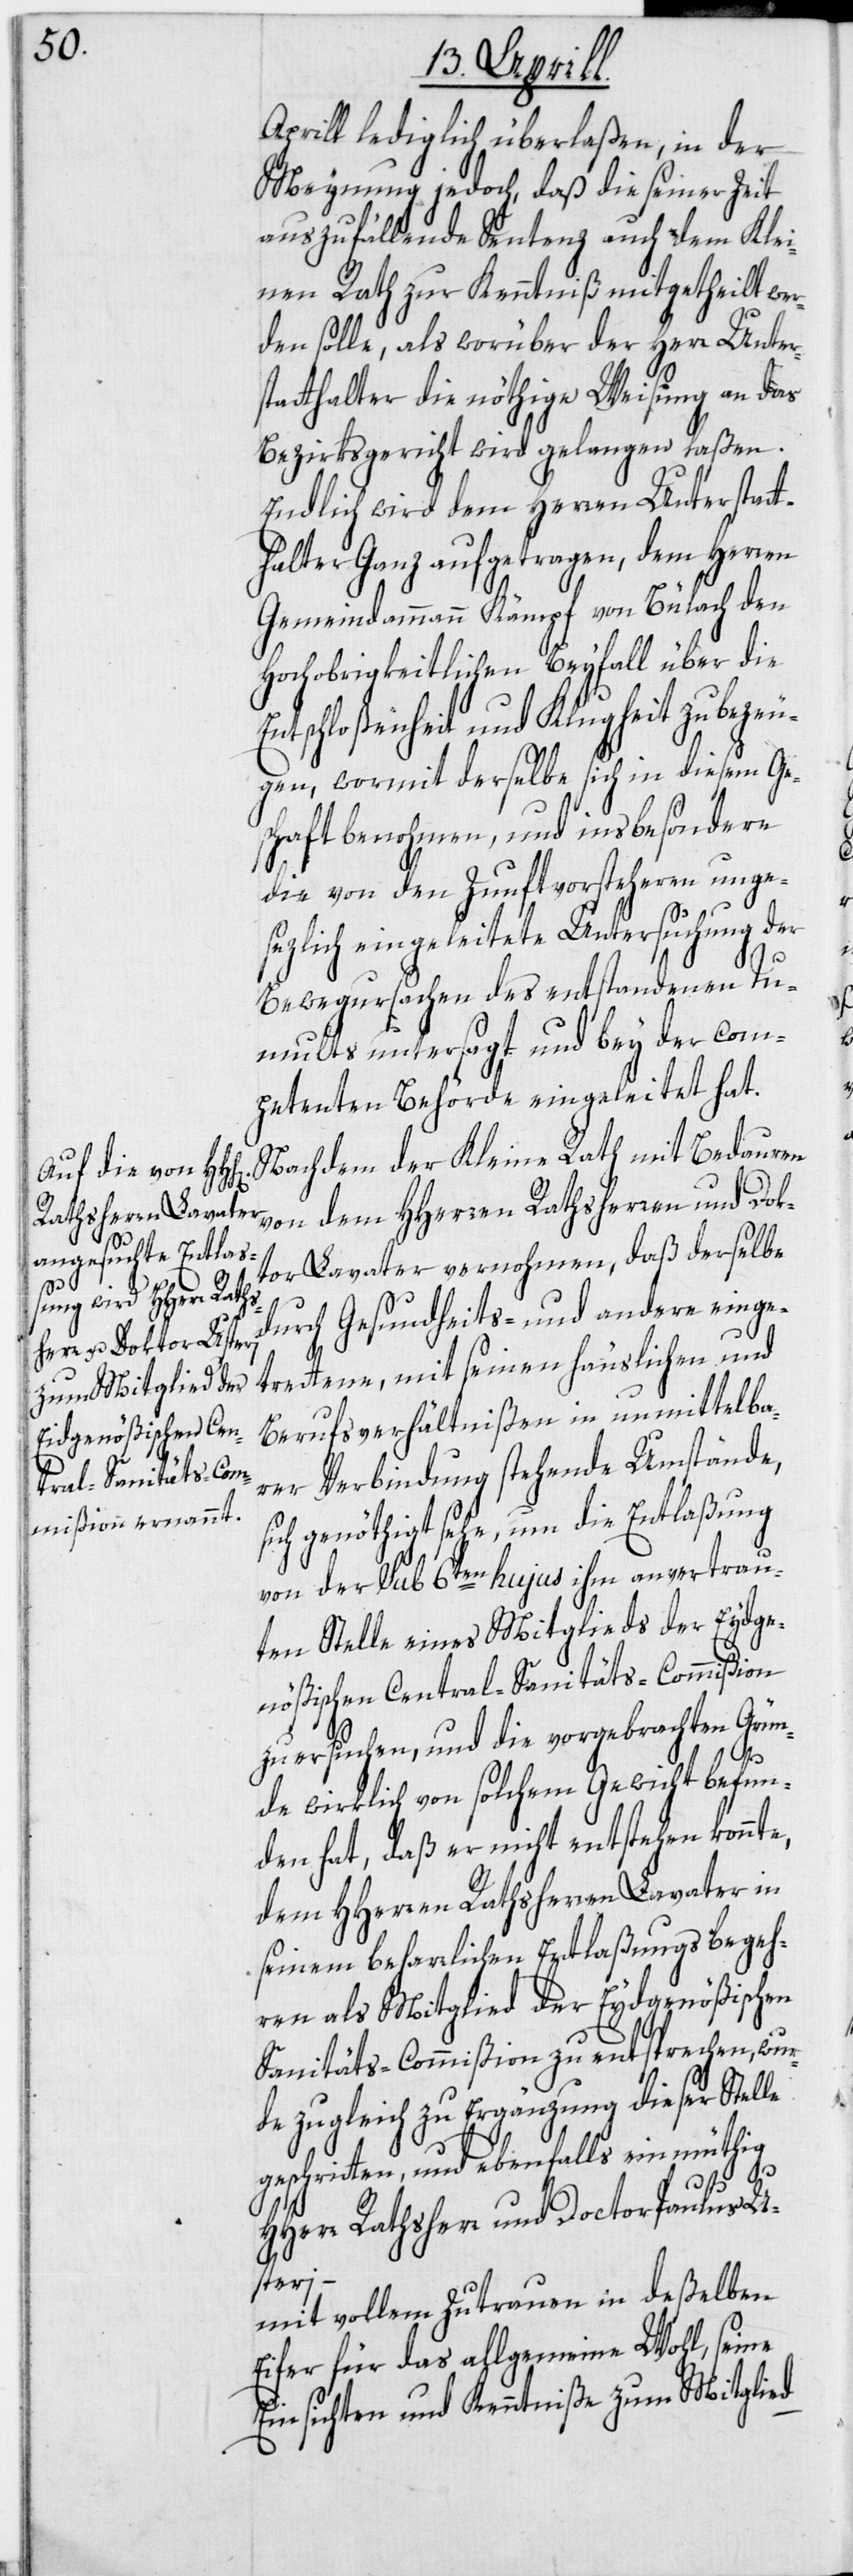
Aprill lediglich überlaßen, in der
Meynung jedoch, daß die seiner Zeit
auszufällende Sentenz auch dem Klei¬
nen Rath zur Kenntniß mitgetheilt wer¬
den solle, als worüber der Herr Unter¬
statthalter die nöthige Weisung an das
Bezirksgericht wird gelangen laßen.
Endlich wird dem Herren Unterstatt¬
halter Ganz aufgetragen, dem Herren
Gemeindammann Kämpf von Bülach den
Hochobrigkeitlichen Beyfall über die
Entschloßenheit und Klugheit zu bezeu¬
gen, wormit derselbe sich in diesem Ge¬
c!] benohmen, und insbesondere
die von den Zunftvorsteheren unge¬
sezlich eingeleitete Untersuchung der
Bewegursachen des entstandenen Tu¬
mults untersagt und bey der com¬
petenten Behörde eingeleitet hat.
Nachdem der Kleine Rath mit Bedauren
von dem HHerren Rathsherren und Dok¬
tor Lavater vernohmen, daß derselbe
durch Gesundheits- und andere einge¬
trettene, mit seinen häuslichen und
Berufsverhältnißen in unmittelba¬
rer Verbindung stehende Umstände,
sich genöthigt sehe, um die Entlaßung
von der sub 6ten hujus ihm anvertrau¬
ten Stelle eines Mitglieds der Eydge¬
nößischen Central-Sanitäts-Commißion
zu ersuchen, und die vorgebrachten Grün¬
[si¬
de wirklich von solchem Gewicht befun¬
den hat, daß er nicht entstehen könnte,
dem HHerren Rathsherren Lavater in
seinem beharrlichen Entlaßungsbegeh¬
ren als Mitglied der Eydgenößischen
Sanitäts-Commißion zu entsprechen, wur¬
de zugleich zu Ergänzung dieser Stelle
geschritten, und ebenfalls einmüthig
HHerr Rathsherr und Doctor Paulus U¬
steri –
mit vollem Zutrauen in deßelben
Eifer für das allgemeine Wohl, seine
Einsichten und Kenntniße zum Mitglied